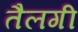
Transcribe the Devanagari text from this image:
तैलगी